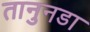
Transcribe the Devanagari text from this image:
तानुनडा